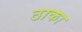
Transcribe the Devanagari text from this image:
ठाका